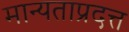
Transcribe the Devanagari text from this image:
मान्यताप्रदत्त